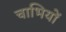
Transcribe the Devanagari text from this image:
चाभियों